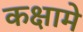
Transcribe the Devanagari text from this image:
कक्षामे